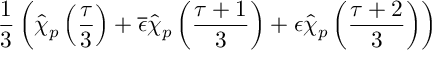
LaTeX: \frac { 1 } { 3 } \left( \widehat { \chi } _ { p } \left( \frac { \tau } { 3 } \right) + \overline { { { \epsilon } } } \widehat { \chi } _ { p } \left( \frac { \tau + 1 } { 3 } \right) + \epsilon \widehat { \chi } _ { p } \left( \frac { \tau + 2 } { 3 } \right) \right)